342_HS1-416511228_319.1 Flying Discs 1949
Agency: Department of War
Incident date: 1/9/50
Page 51
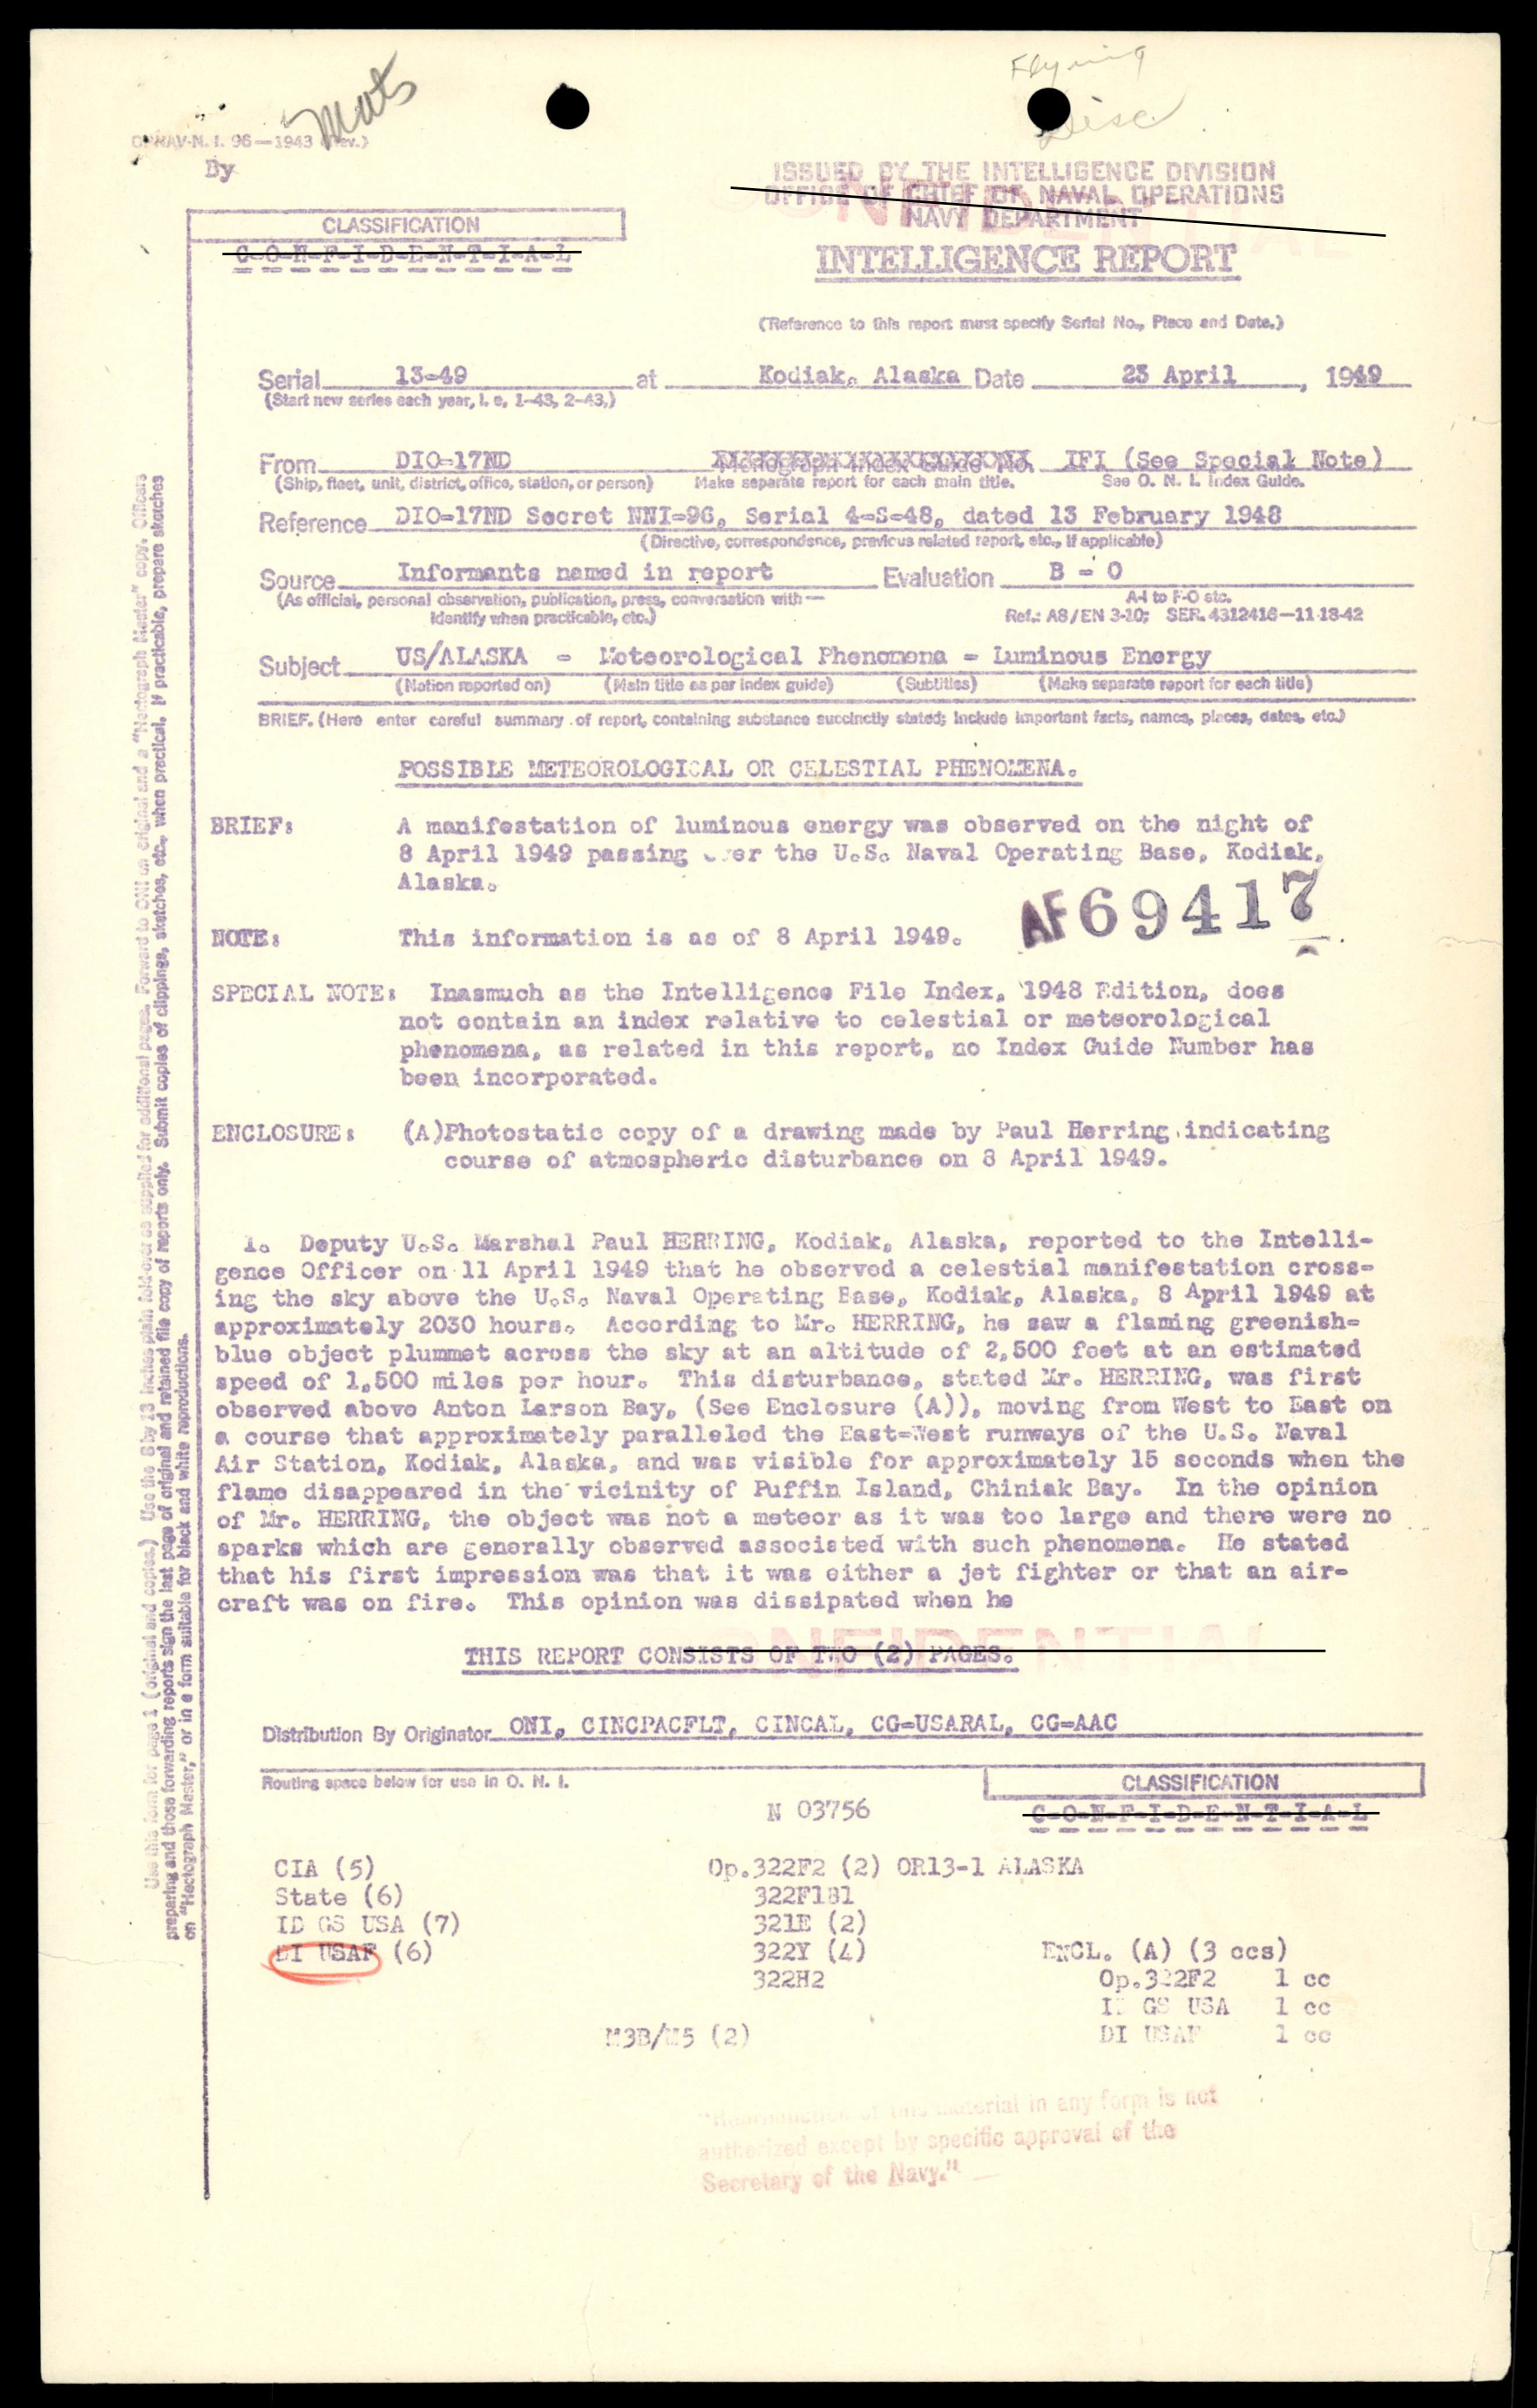